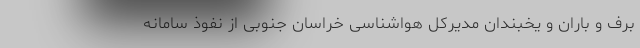
برف و باران و یخبندان مدیرکل هواشناسی خراسان جنوبی از نفوذ سامانه